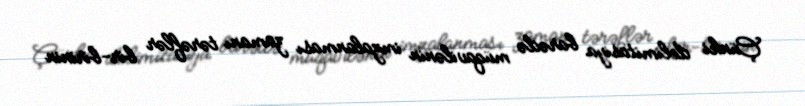
Çünki delimitasiya barədə müqavilənin imzalanması zamanı tərəflər bir-birinin